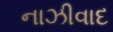
નાઝીવાદ